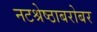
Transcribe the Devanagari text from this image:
नटश्रेष्ठाबरोबर